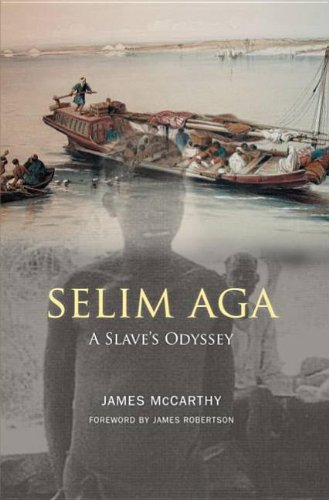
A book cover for Selim Aga: A Slave's Odyssey; James McCarthy; History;